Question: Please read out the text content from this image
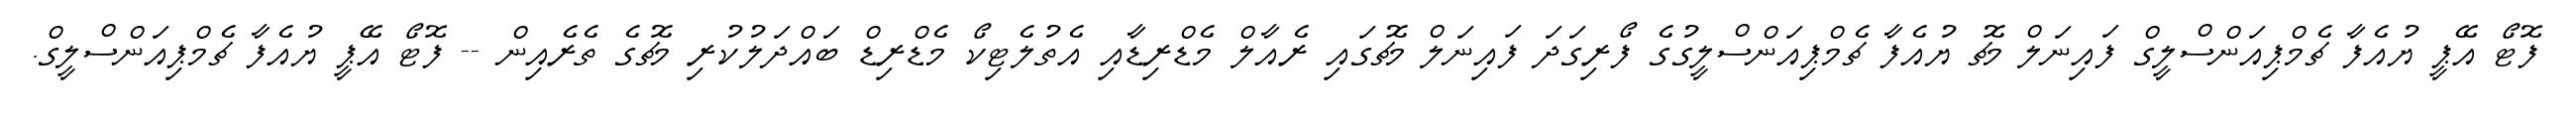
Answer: ފޮޓޯ އޭޕީ ޔުއެފާ ޗެމްޕިއަންސްލީގް ފައިނަލް މެޗު ޔުއެފާ ޗެމްޕިއަންސްލީގުގެ ފޯރިގަދަ ފައިނަލް މެޗުގައި ރެއާލް މެޑްރިޑާއި އެތުލެޓިކޯ މެޑްރިޑް ބައްދަލުކުރި މެޗުގެ ތެރެއިން -- ފޮޓޯ އޭޕީ ޔުއެފާ ޗެމްޕިއަންސްލީގް.